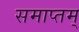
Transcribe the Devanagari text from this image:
समाप्तम्‌